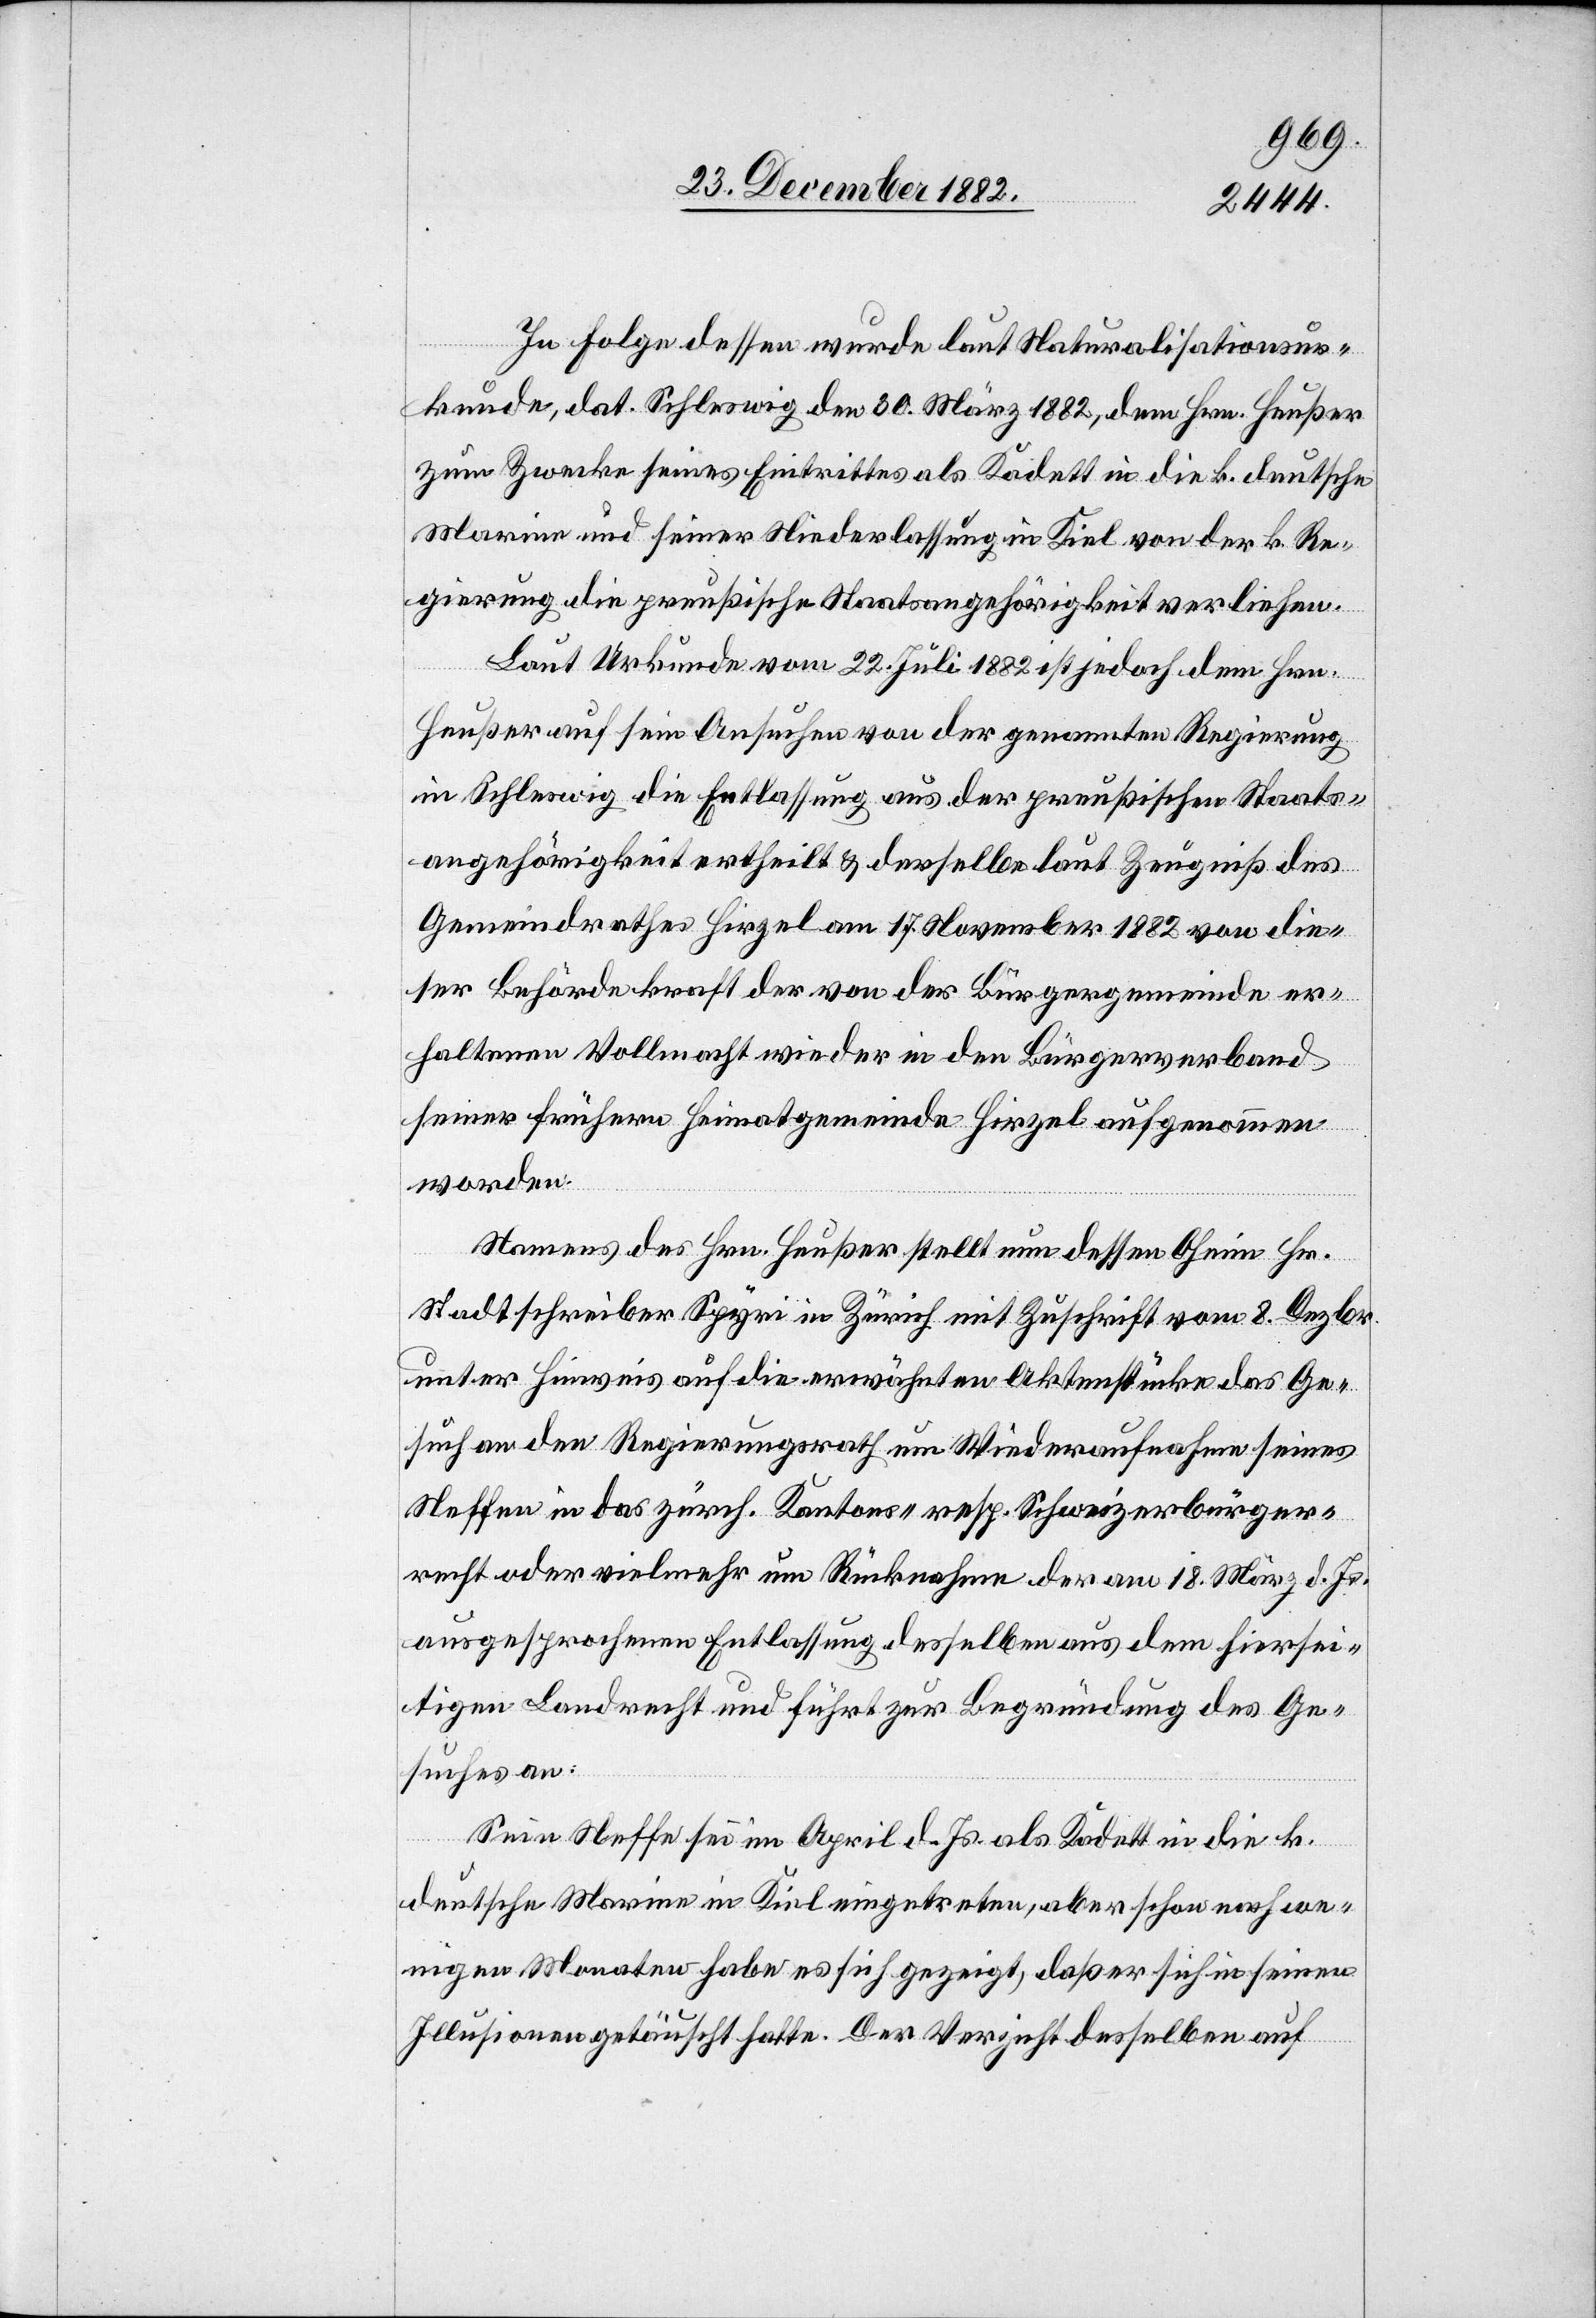
In Folge dessen wurde laut Naturalisationsur¬
kunde, dat. Schleswig den 30. März 1882, dem Hrn. Heußer
zum Zwecke seines Eintrittes als Kadett in die k. deutsche
Marine und seiner Niederlassung in Kiel von der k. Re¬
gierung die preußische Staatsangehörigkeit verliehen.
Laut Urkunde vom 22. Juli 1882 ist jedoch dem Hrn.
Heußer auf sein Ansuchen von der genannten Regierung
in Schleswig die Entlassung aus der preußischen Staats¬
angehörigkeit ertheilt & derselbe laut Zeugniß des
Gemeindrathes Hirzel am 17. November 1882 von die¬
ser Behörde kraft der von der Bürgergemeinde er¬
haltenen Vollmacht wieder in den Bürgerverband
seiner frühern Heimatgemeinde Hirzel aufgenommen
worden.
Namens des Hrn. Heußer stellt nun dessen Oheim Hr.
Stadtschreiber Spyri in Zürich mit Zuschrift vom 8. Dezbr.
unter Hinweis auf die erwähnten Aktenstücke das Ge¬
such an den Regierungsrath um Wiederaufnahme seines
Neffen in das zürch. Kantons- resp. Schweizerbürger¬
recht oder vielmehr um Rücknahme der am 18. März d. Js.
ausgesprochenen Entlassung desselben aus dem hiersei¬
tigen Landrecht und führt zur Begründung des Ge¬
suches an:
Sein Neffe sei im April d. Js. als Kadett in die k.
deutsche Marine in Kiel eingetreten, aber schon nach we¬
nigen Monaten habe es sich gezeigt, daß er sich in seinen
Illusionen getäuscht hatte. Der Verzicht desselben auf